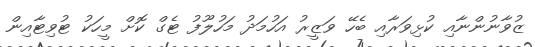
ޒުވާނުންނާއި ކުޅިވަރާއި ބެހޭ ވަޒީރު އަހުމަދު މަހުލޫފު ޓެގް ކޮށް މީހަކު ޓުވިޓާއިން